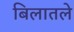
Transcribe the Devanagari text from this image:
बिलातले